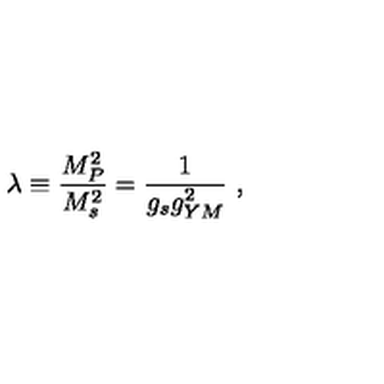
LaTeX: \lambda \equiv { { \frac { M _ { P } ^ { 2 } } { M _ { s } ^ { 2 } } } } = { \frac { 1 } { g _ { s } g _ { Y M } ^ { 2 } } } \ ,